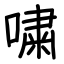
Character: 嘨